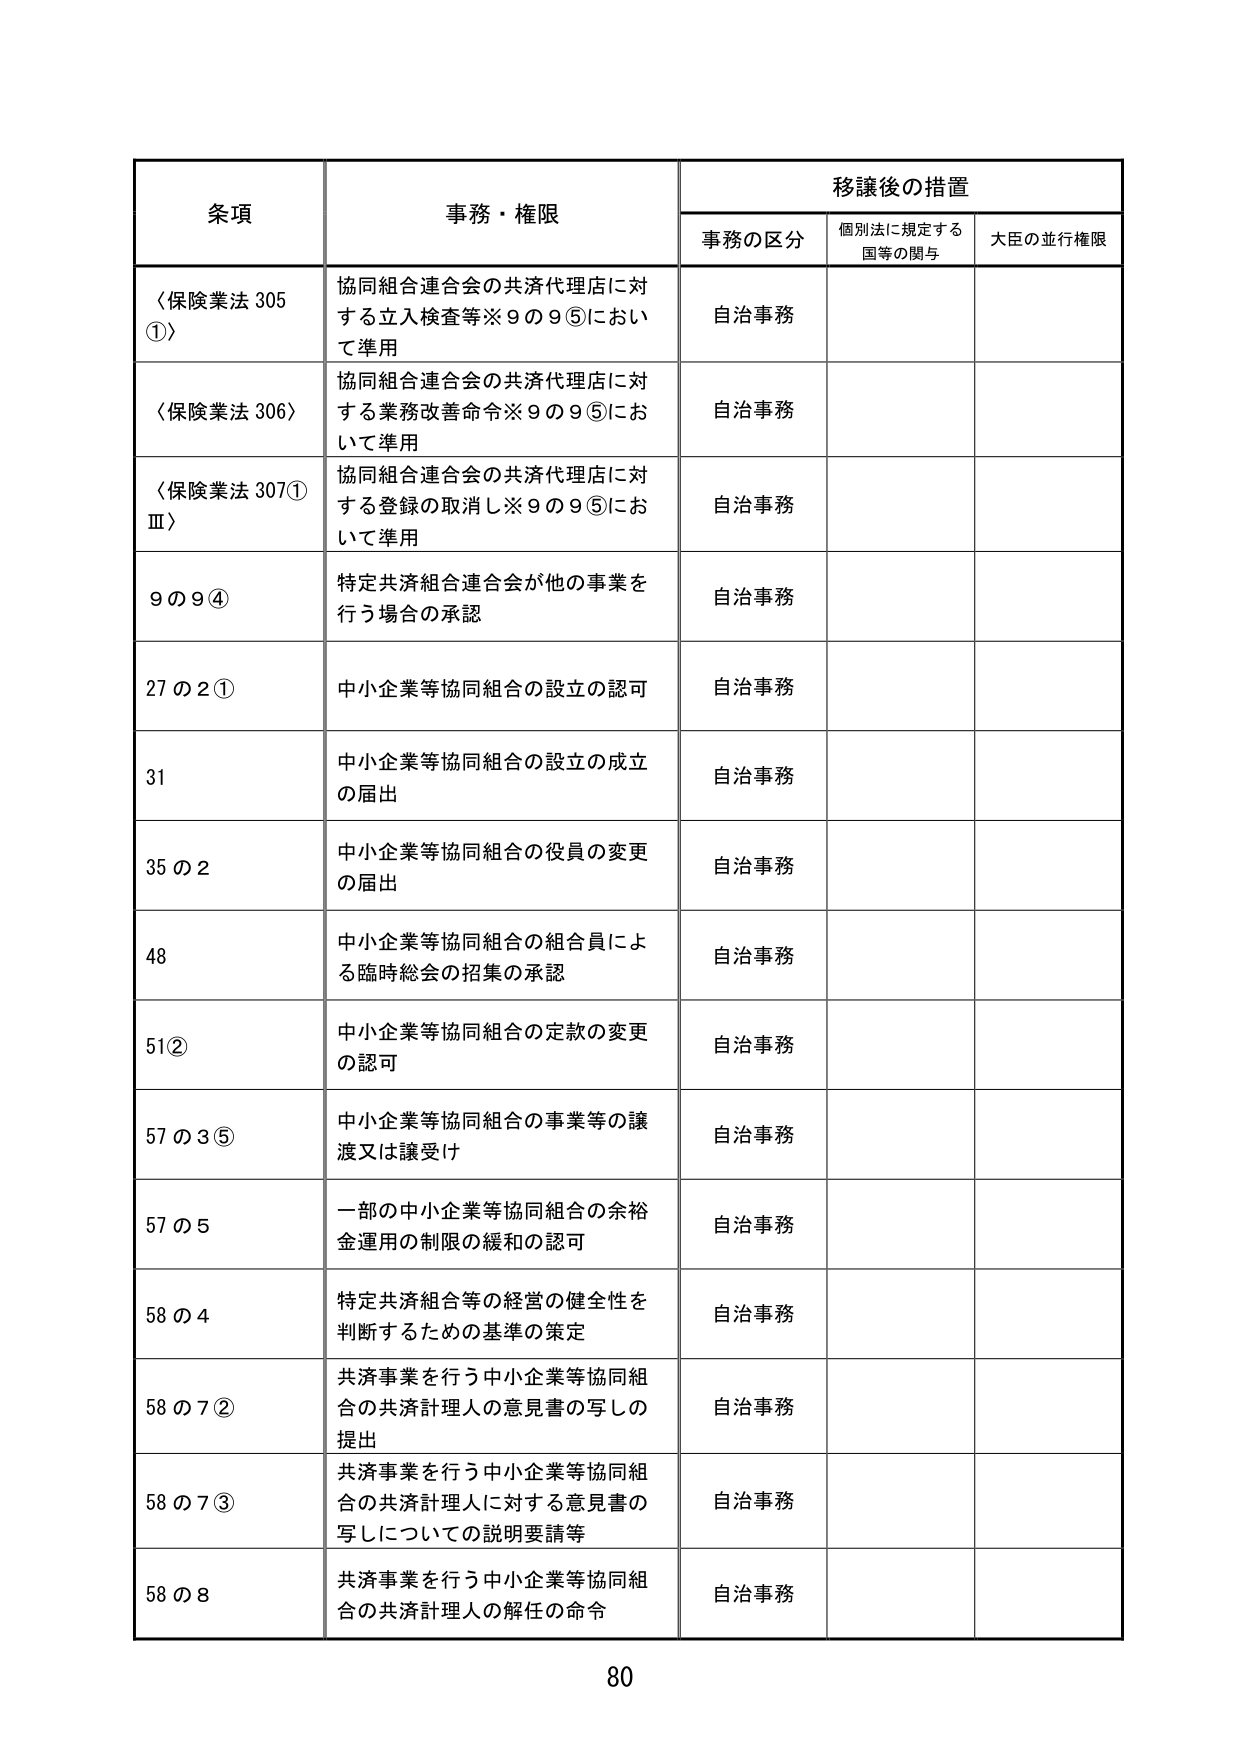
条項 事務・権限 移譲後の措置
事務の区分 個別法に規定する国等の関与 大臣の並行権限
〈保険業法 305①〉 協同組合連合会の共済代理店に対する立入検査等※9の9⑤において準用 自治事務
〈保険業法 306〉 協同組合連合会の共済代理店に対する業務改善命令※9の9⑤において準用 自治事務
〈保険業法 307①Ⅲ〉 協同組合連合会の共済代理店に対する登録の取消し※9の9⑤において準用 自治事務
9の9④ 特定共済組合連合会が他の事業を行う場合の承認 自治事務
27の2① 中小企業等協同組合の設立の認可 自治事務
31 中小企業等協同組合の設立の成立の届出 自治事務
35の2 中小企業等協同組合の役員の変更の届出 自治事務
48 中小企業等協同組合の組合員による臨時総会の招集の承認 自治事務
51② 中小企業等協同組合の定款の変更の認可 自治事務
57の3⑤ 中小企業等協同組合の事業等の譲渡又は譲受け 自治事務
57の5 一部の中小企業等協同組合の余裕金運用の制限の緩和の認可 自治事務
58の4 特定共済組合等の経営の健全性を判断するための基準の策定 自治事務
58の7② 共済事業を行う中小企業等協同組合の共済計理人の意見書の写しの提出 自治事務
58の7③ 共済事業を行う中小企業等協同組合の共済計理人に対する意見書の写しについての説明要請等 自治事務
58の8 共済事業を行う中小企業等協同組合の共済計理人の解任の命令 自治事務
80